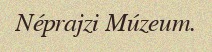
Néprajzi Múzeum.